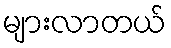
များလာတယ်